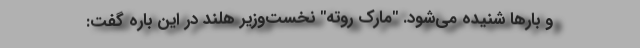
و بارها شنیده می‌شود. "مارک روته" نخست‌وزیر هلند در این باره گفت: